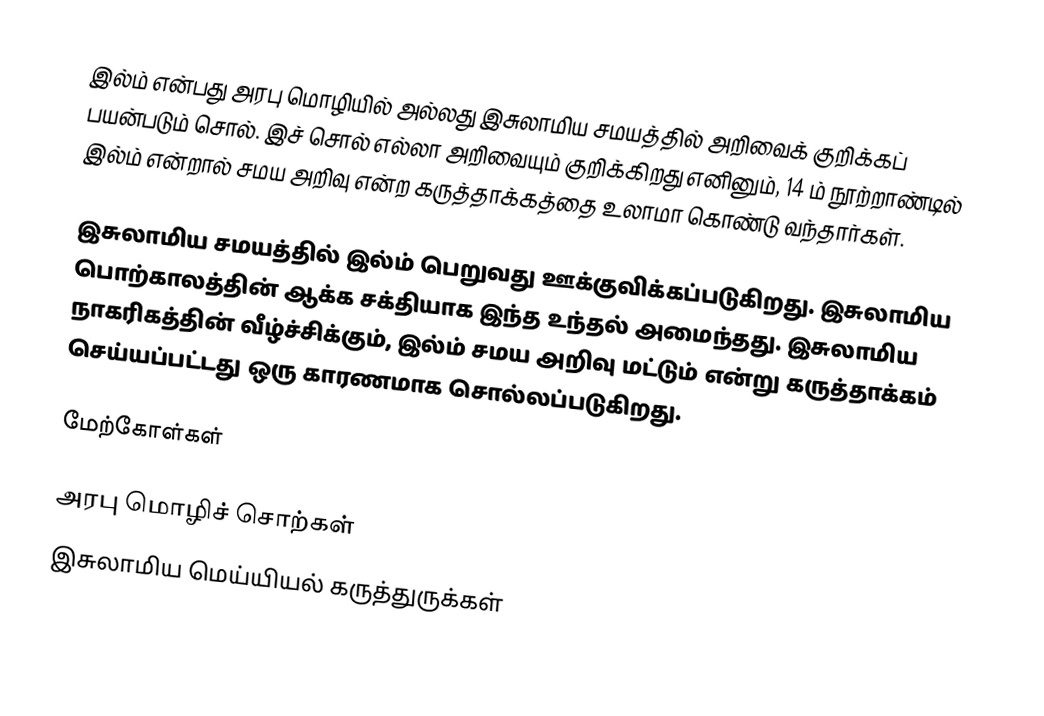
இல்ம் என்பது அரபு மொழியில் அல்லது இசுலாமிய சமயத்தில் அறிவைக் குறிக்கப் பயன்படும் சொல். இச் சொல் எல்லா அறிவையும் குறிக்கிறது எனினும், 14 ம் நூற்றாண்டில் இல்ம் என்றால் சமய அறிவு என்ற கருத்தாக்கத்தை உலாமா கொண்டு வந்தார்கள்.

இசுலாமிய சமயத்தில் இல்ம் பெறுவது ஊக்குவிக்கப்படுகிறது. இசுலாமிய பொற்காலத்தின் ஆக்க சக்தியாக இந்த உந்தல் அமைந்தது. இசுலாமிய நாகரிகத்தின் வீழ்ச்சிக்கும், இல்ம் சமய அறிவு மட்டும் என்று கருத்தாக்கம் செய்யப்பட்டது ஒரு காரணமாக சொல்லப்படுகிறது.

மேற்கோள்கள்

அரபு மொழிச் சொற்கள்
இசுலாமிய மெய்யியல் கருத்துருக்கள்